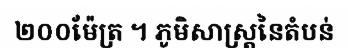
២០០ម៉ែត្រ ។ ភូមិសាស្ត្រនៃតំបន់